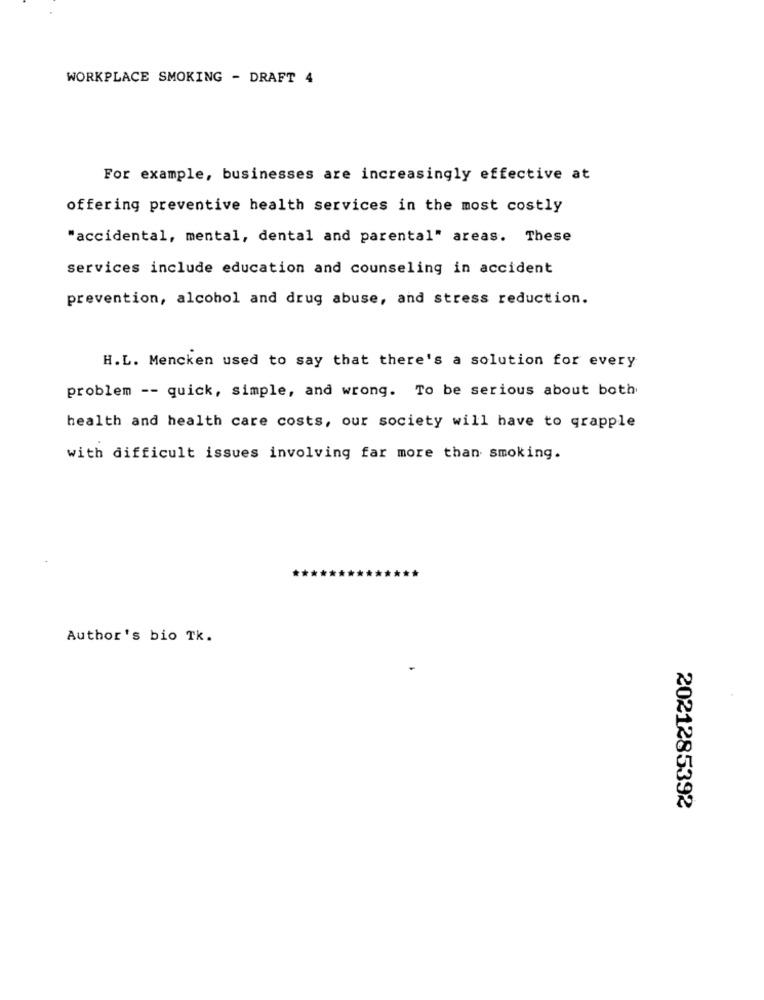
WORKPLACE SMOKING - DRAFT 4
For example, businesses are increasingly effective at
offering preventive health services in the most costly
"accidental, mental, dental and parental" areas. These
services include education and counseling in accident
prevention, alcohol and drug abuse, and stress reduction.
H.L. Mencken used to say that there's a solution for every
problem -- quick, simple, and wrong. To be serious about both
health and health care costs, our society will have to grapple
with difficult issues involving far more than smoking.
Author's bio Tk.
2021285392